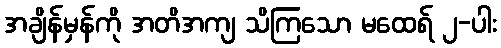
အချိန်မှန်ကို အတိအကျ သိကြသော မထေရ် ၂-ပါး